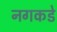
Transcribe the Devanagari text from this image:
नगकडे